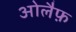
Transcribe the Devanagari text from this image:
ओलैफ़